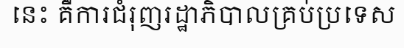
នេះ គឺការជំរុញរដ្ឋាភិបាលគ្រប់ប្រទេស